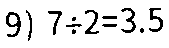
9) 7÷2=3.5